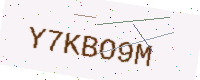
Text: Y7KBO9M